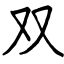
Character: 双